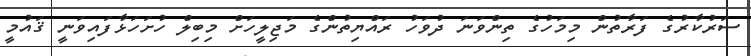
ސަރުކާރުގެ ފަރާތުން މިމަހުގެ ތިންވަނަ ދުވަހު ރައްޔިތުންގެ މަޖިލީހަށް މިބިލް ހުށަހަޅާފައިވަނީ ޤައުމީ